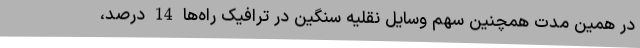
در همین مدت همچنین سهم وسایل نقلیه سنگین در ترافیک راه‌ها 14 درصد،